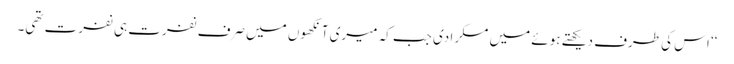
‘‘ اس کی طرف دیکھتے ہوئے میں مسکرا دی جب کہ میری آنکھوں میں صرف نفرت ہی نفرت تھی۔